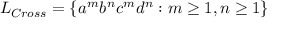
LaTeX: L _ { C r o s s } = \{ a ^ { m } b ^ { n } c ^ { m } d ^ { n } : m \geq 1 , n \geq 1 \}